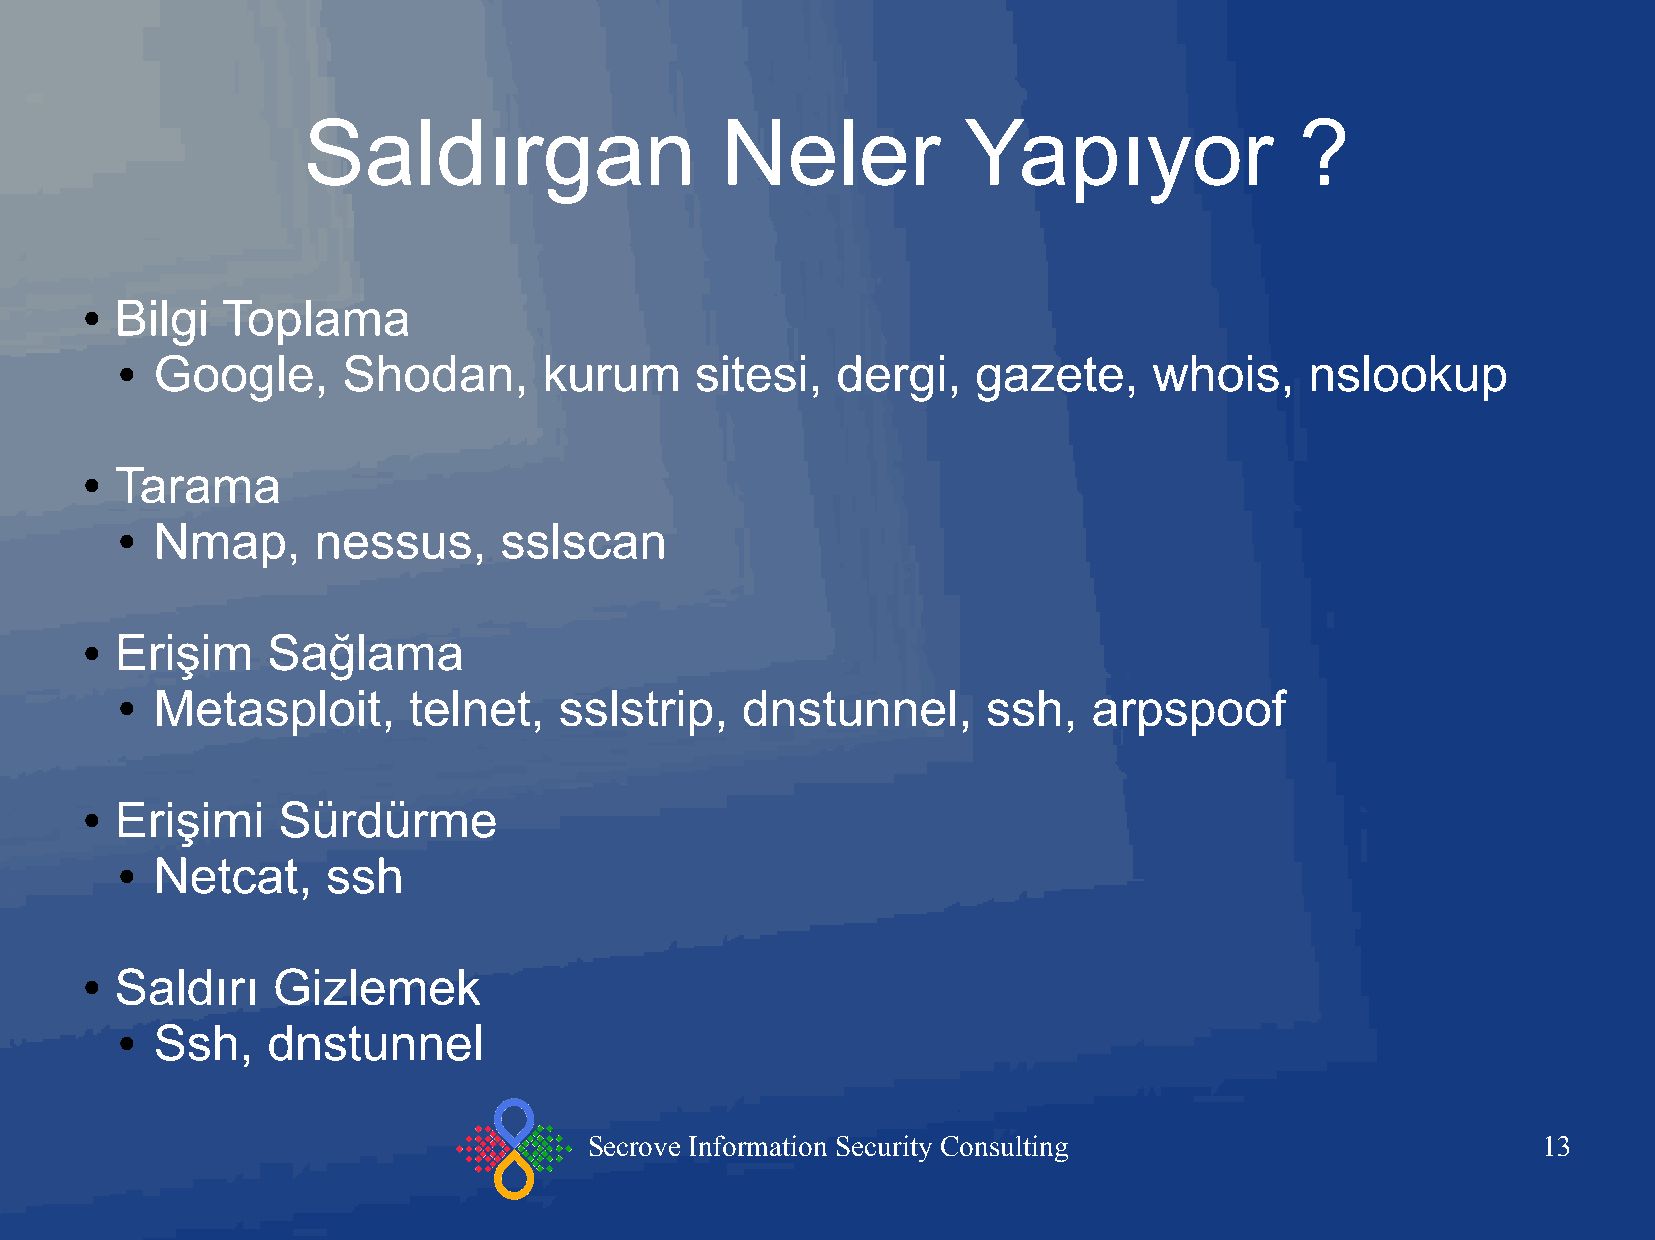
Saldırgan                   Neler           Yapıyor               ?
 Bilgi  Toplama
 ●
 Google,      Shodan,      kurum     sitesi,  dergi,    gazete,    whois,     nslookup
 ●
 Tarama
 ●
 Nmap,      nessus,     sslscan
 ●
 Erişim    Sağlama
 ●
 Metasploit,      telnet,   sslstrip,   dnstunnel,      ssh,   arpspoof
 ●
 Erişimi   Sürdürme
 ●
 Netcat,     ssh
 ●
 Saldırı   Gizlemek
 ●
 Ssh,    dnstunnel
 ●
 Secrove Information Security Consulting                        13